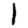
Digit: 1